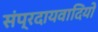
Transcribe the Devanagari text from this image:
संप्रदायवादियों